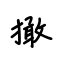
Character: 撖